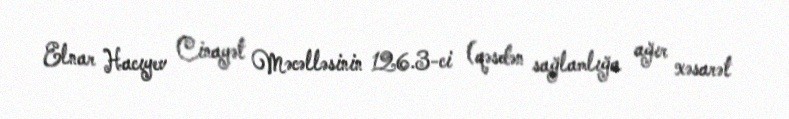
Elnar Hacıyev Cinayət Məcəlləsinin 126.3-ci (qəsdən sağlamlığa ağır xəsarət